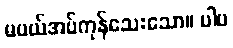
မပယ်အပ်ကုန်သေးသော။ ပါပ